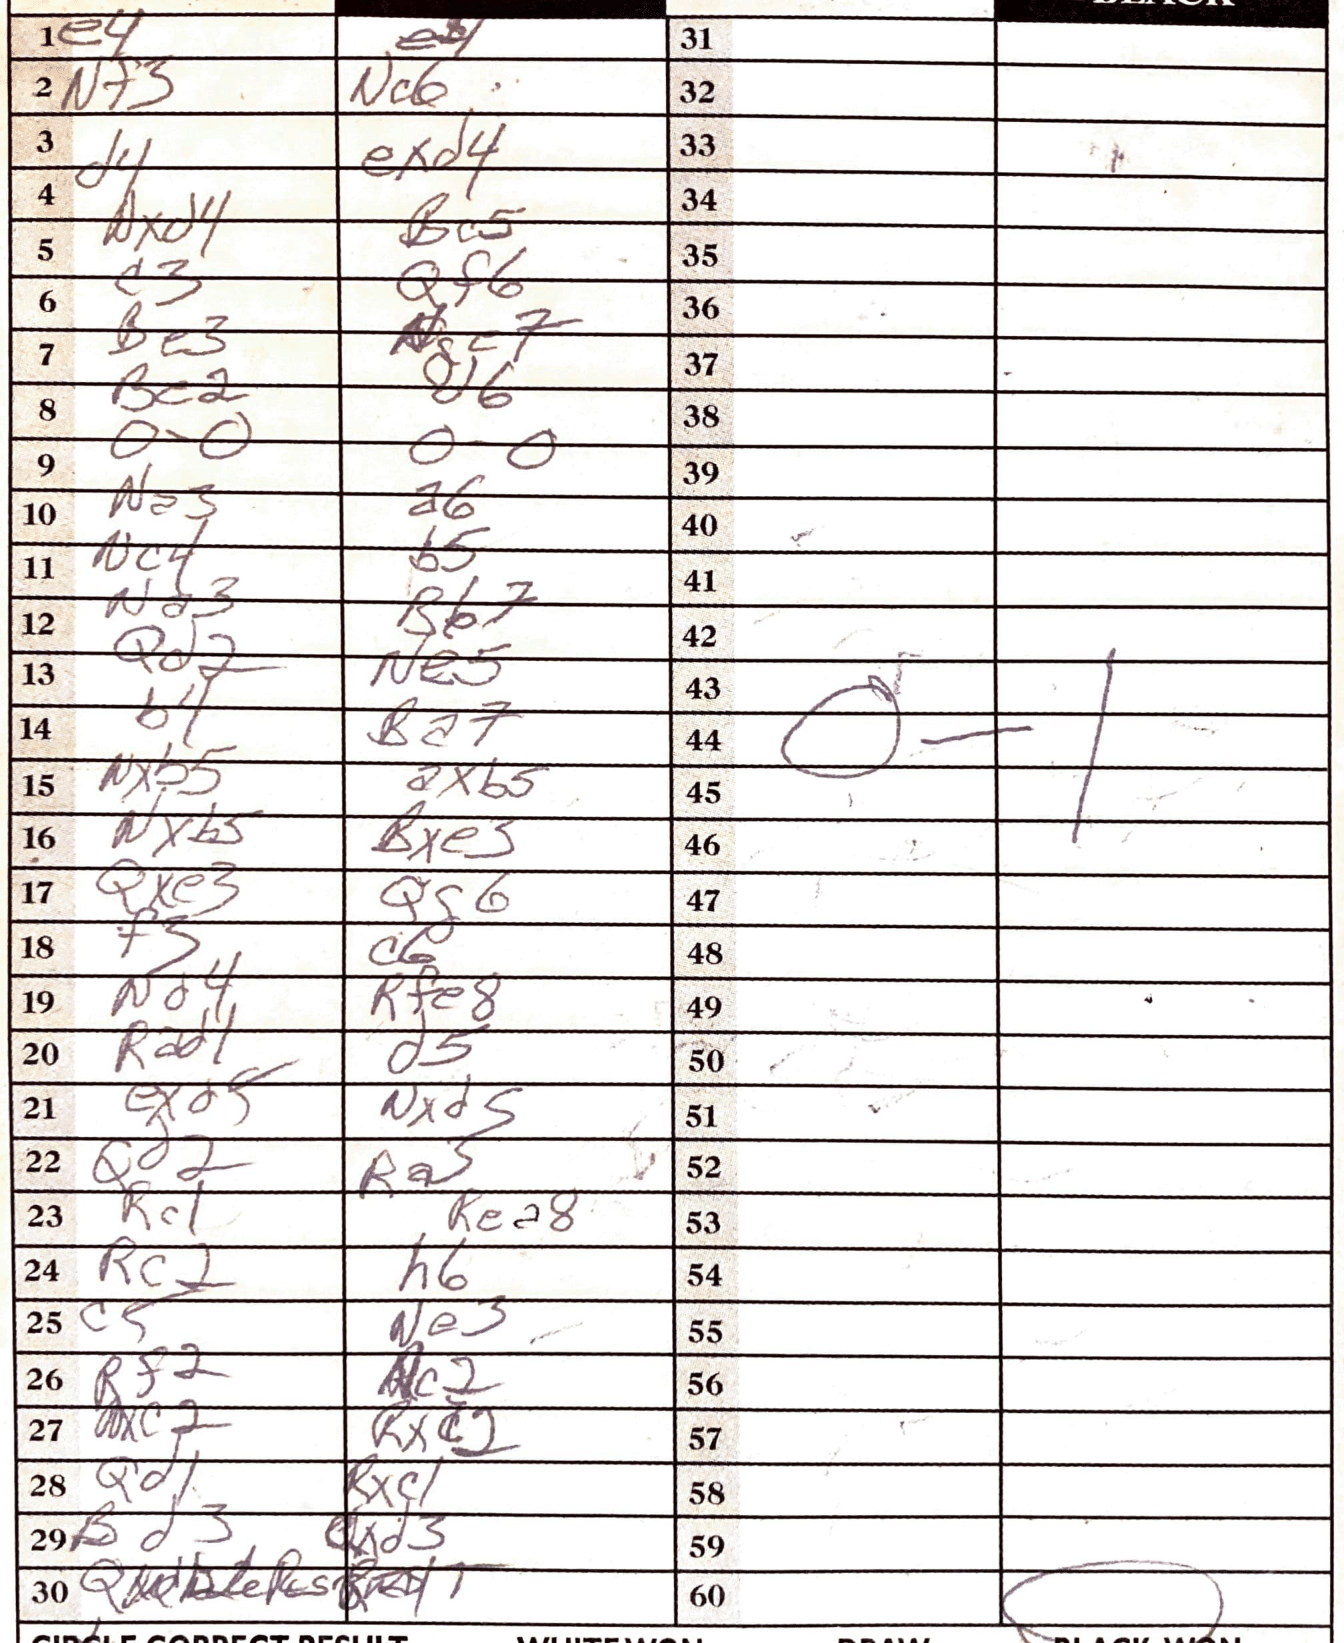
Moves: e4 Nf3 Nc6 d4 exd4 Nc4 b4 Ba7 Nxb5 axb5 Nxb5 Bxe5 Qxe3 Qg6 f3 c6 Nd4 Rfe8 Rad1 d5 exdf Nxd5 Qd2 Ra3 Rc1 Rea8 Rc2 h6 c5 Ne3 Rf2 c2 c2 Rxc2 Qd1 Rxc1 Bd3 Qxd3